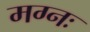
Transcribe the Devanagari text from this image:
मग्नः